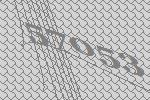
57053